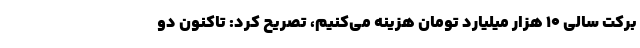
برکت سالی ۱۰ هزار میلیارد تومان هزینه می‌کنیم، تصریح کرد: تاکنون دو